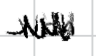
Text: with
Cross-out: zig-zag
Writing tool: digital_black